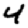
Digit: 4